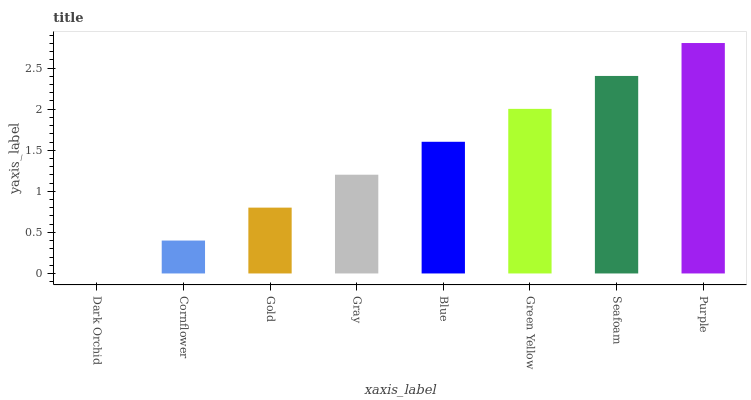
| xaxis_label | bars |
 | --- | --- |
 | Dark Orchid | 0 |
 | Cornflower | 0.401 |
 | Gold | 0.802 |
 | Gray | 1.2 |
 | Blue | 1.6 |
 | Green Yellow | 2 |
 | Seafoam | 2.4 |
 | Purple | 2.81 |